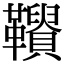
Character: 𩍾